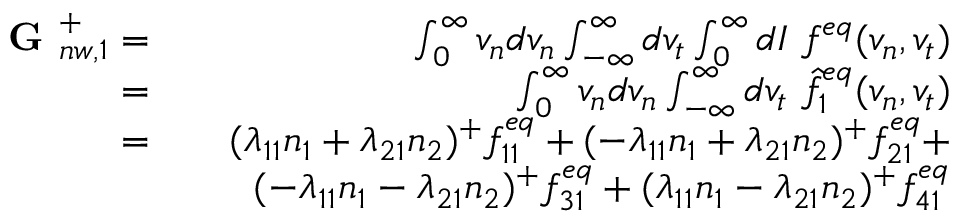
\begin{array} { r l r } { \textbf { G } _ { n w , 1 } ^ { + } = } & { } & { \int _ { 0 } ^ { \infty } v _ { n } d v _ { n } \int _ { - \infty } ^ { \infty } d v _ { t } \int _ { 0 } ^ { \infty } d I \ f ^ { e q } ( v _ { n } , v _ { t } ) } \\ { = } & { } & { \int _ { 0 } ^ { \infty } v _ { n } d v _ { n } \int _ { - \infty } ^ { \infty } d v _ { t } \ \hat { f } _ { 1 } ^ { e q } ( v _ { n } , v _ { t } ) } \\ { = } & { } & { ( \lambda _ { 1 1 } n _ { 1 } + \lambda _ { 2 1 } n _ { 2 } ) ^ { + } f _ { 1 1 } ^ { e q } + ( - \lambda _ { 1 1 } n _ { 1 } + \lambda _ { 2 1 } n _ { 2 } ) ^ { + } f _ { 2 1 } ^ { e q } + } \\ & { } & { ( - \lambda _ { 1 1 } n _ { 1 } - \lambda _ { 2 1 } n _ { 2 } ) ^ { + } f _ { 3 1 } ^ { e q } + ( \lambda _ { 1 1 } n _ { 1 } - \lambda _ { 2 1 } n _ { 2 } ) ^ { + } f _ { 4 1 } ^ { e q } } \end{array}